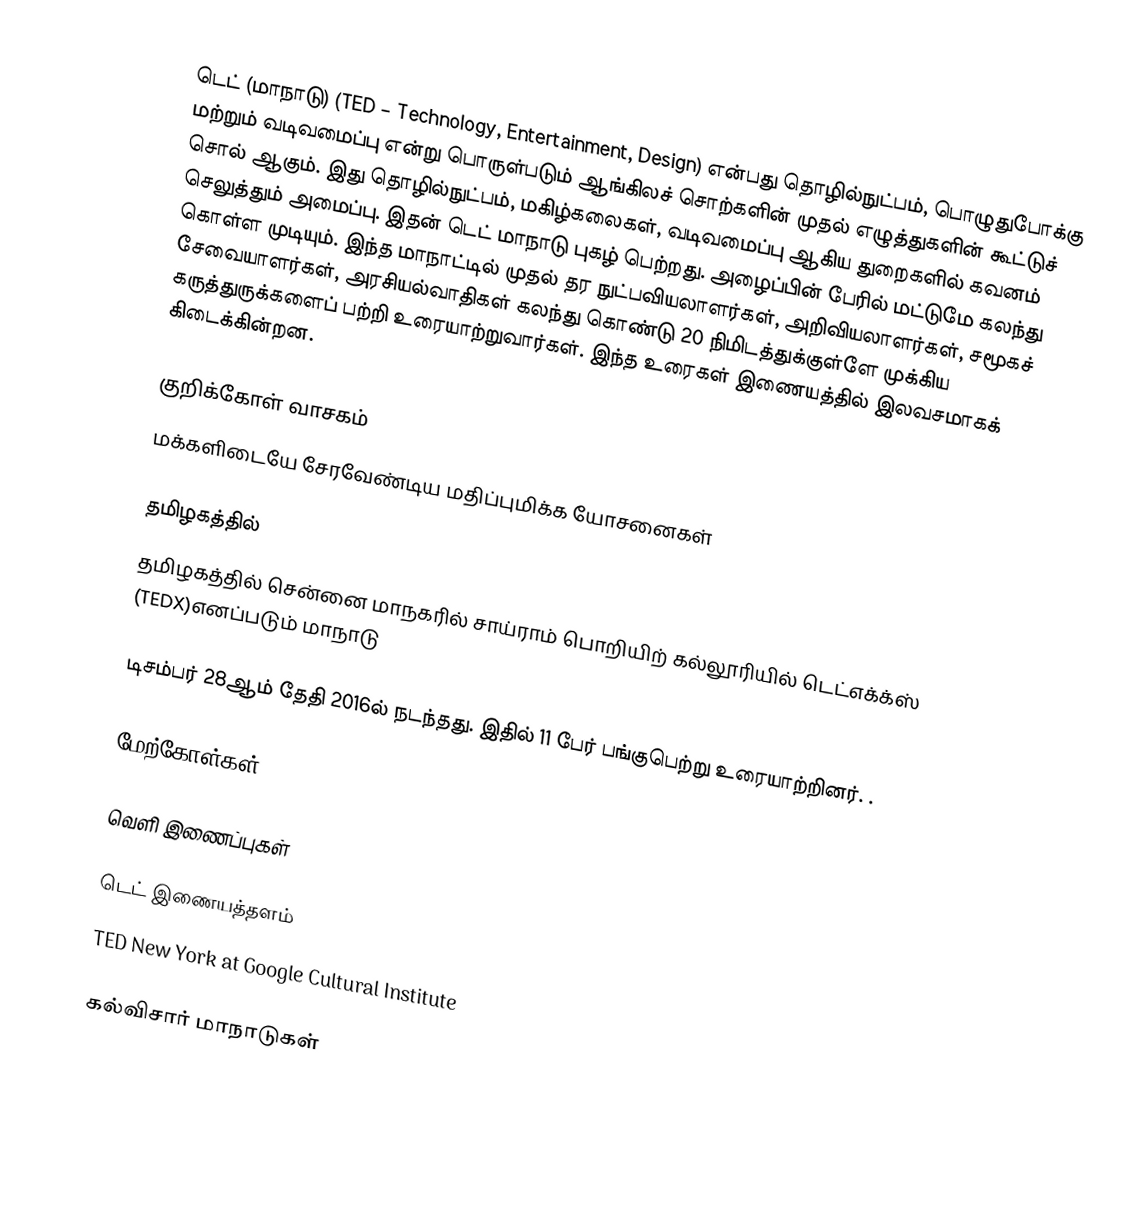
டெட் (மாநாடு) (TED – Technology, Entertainment, Design) என்பது தொழில்நுட்பம், பொழுதுபோக்கு மற்றும் வடிவமைப்பு என்று பொருள்படும் ஆங்கிலச் சொற்களின் முதல் எழுத்துகளின் கூட்டுச் சொல் ஆகும். இது தொழில்நுட்பம், மகிழ்கலைகள், வடிவமைப்பு ஆகிய துறைகளில் கவனம் செலுத்தும் அமைப்பு. இதன் டெட் மாநாடு புகழ் பெற்றது. அழைப்பின் பேரில் மட்டுமே கலந்து கொள்ள முடியும். இந்த மாநாட்டில் முதல் தர நுட்பவியலாளர்கள், அறிவியலாளர்கள், சமூகச் சேவையாளர்கள், அரசியல்வாதிகள் கலந்து கொண்டு 20 நிமிடத்துக்குள்ளே முக்கிய கருத்துருக்களைப் பற்றி உரையாற்றுவார்கள். இந்த உரைகள் இணையத்தில் இலவசமாகக் கிடைக்கின்றன.

குறிக்கோள் வாசகம்
மக்களிடையே சேரவேண்டிய மதிப்புமிக்க யோசனைகள்

தமிழகத்தில்
தமிழகத்தில் சென்னை மாநகரில் சாய்ராம் பொறியிற் கல்லூரியில் டெட்எக்க்ஸ் (TEDX)எனப்படும் மாநாடு

டிசம்பர் 28ஆம் தேதி 2016ல் நடந்தது. இதில் 11 பேர் பங்குபெற்று உரையாற்றினர். .

மேற்கோள்கள்

வெளி இணைப்புகள்

 டெட் இணையத்தளம்
 TED New York at Google Cultural Institute

கல்விசார் மாநாடுகள்